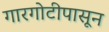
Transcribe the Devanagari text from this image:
गारगोटीपासून